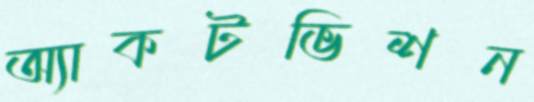
অ্যাকটভিশন